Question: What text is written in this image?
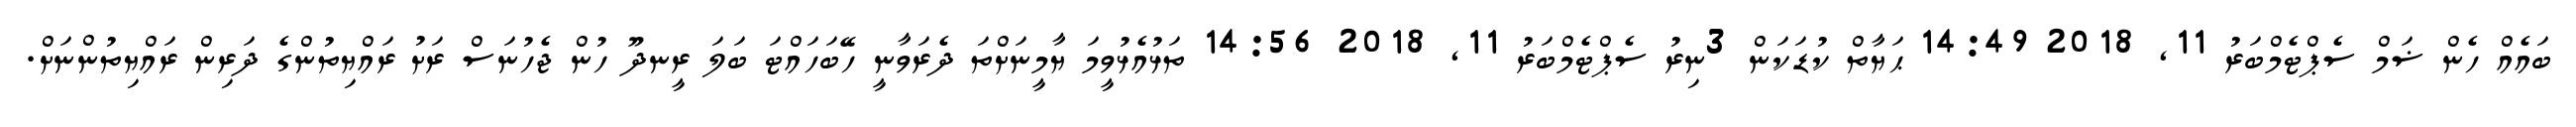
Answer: ބައެއް ހެން ޟަމް ސެޕްޓެމްބަރު 11, 2018 14:49 ޙަޔާތް ކުޑަކަން 3ނިރު ސެޕްޓެމްބަރު 11, 2018 14:56 ތަޅުއެޅުވީމަ ޔާމީނަށްތަ ދެރަވާނީ ހޭބަހައްޓަ ބަލަ ރީނދޫ ހުން ޖެހުނަސް ރަށު ރައްޔިތުންގެ ދަރިން ރައްޔިތުންނަށް.